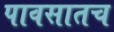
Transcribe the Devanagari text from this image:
पावसातच